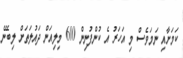
ކަމަށާއި ނަމަވެސް މި އަހަރު އެ ކުންފުނިން 600 މިލިއަން ދައުލަތަށް ލިބޭނެ